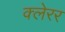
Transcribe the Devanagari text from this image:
क्लेरर